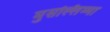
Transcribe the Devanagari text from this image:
मुसल्लिम्मा